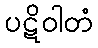
ပဋိဝါတံ